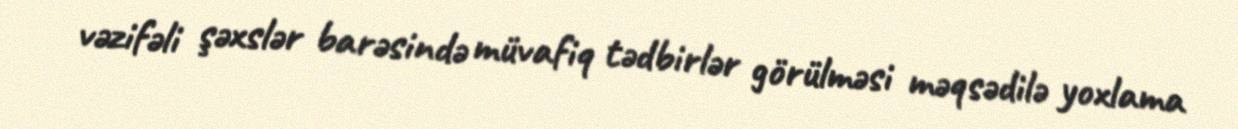
vəzifəli şəxslər barəsində müvafiq tədbirlər görülməsi məqsədilə yoxlama